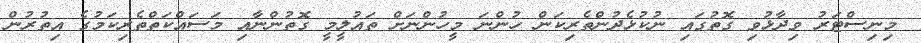
މިނިސްޓަރު ވިދާޅުވި ގޮތުގައި ނުކުޅެދުންތެރިކަން ހުންނަ މީހުންނަށް ތައުލީމީ ގޮތުންނާއި މަސައްކަތްތެރިކަމުގެ އިތުރުން